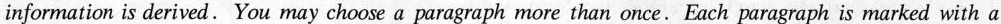
information is derived. You may choose a paragraph more than once. Each paragraph is marked with a